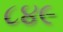
૮૪૯